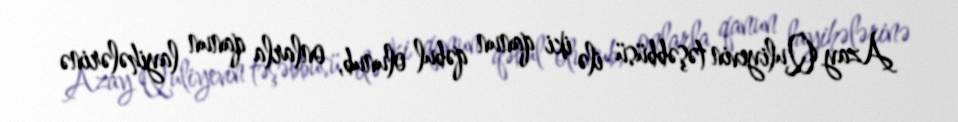
Azay Quliyevin təşəbbüsü ilə iki qanun qəbul olunub, onlarla qanun layihələrinə